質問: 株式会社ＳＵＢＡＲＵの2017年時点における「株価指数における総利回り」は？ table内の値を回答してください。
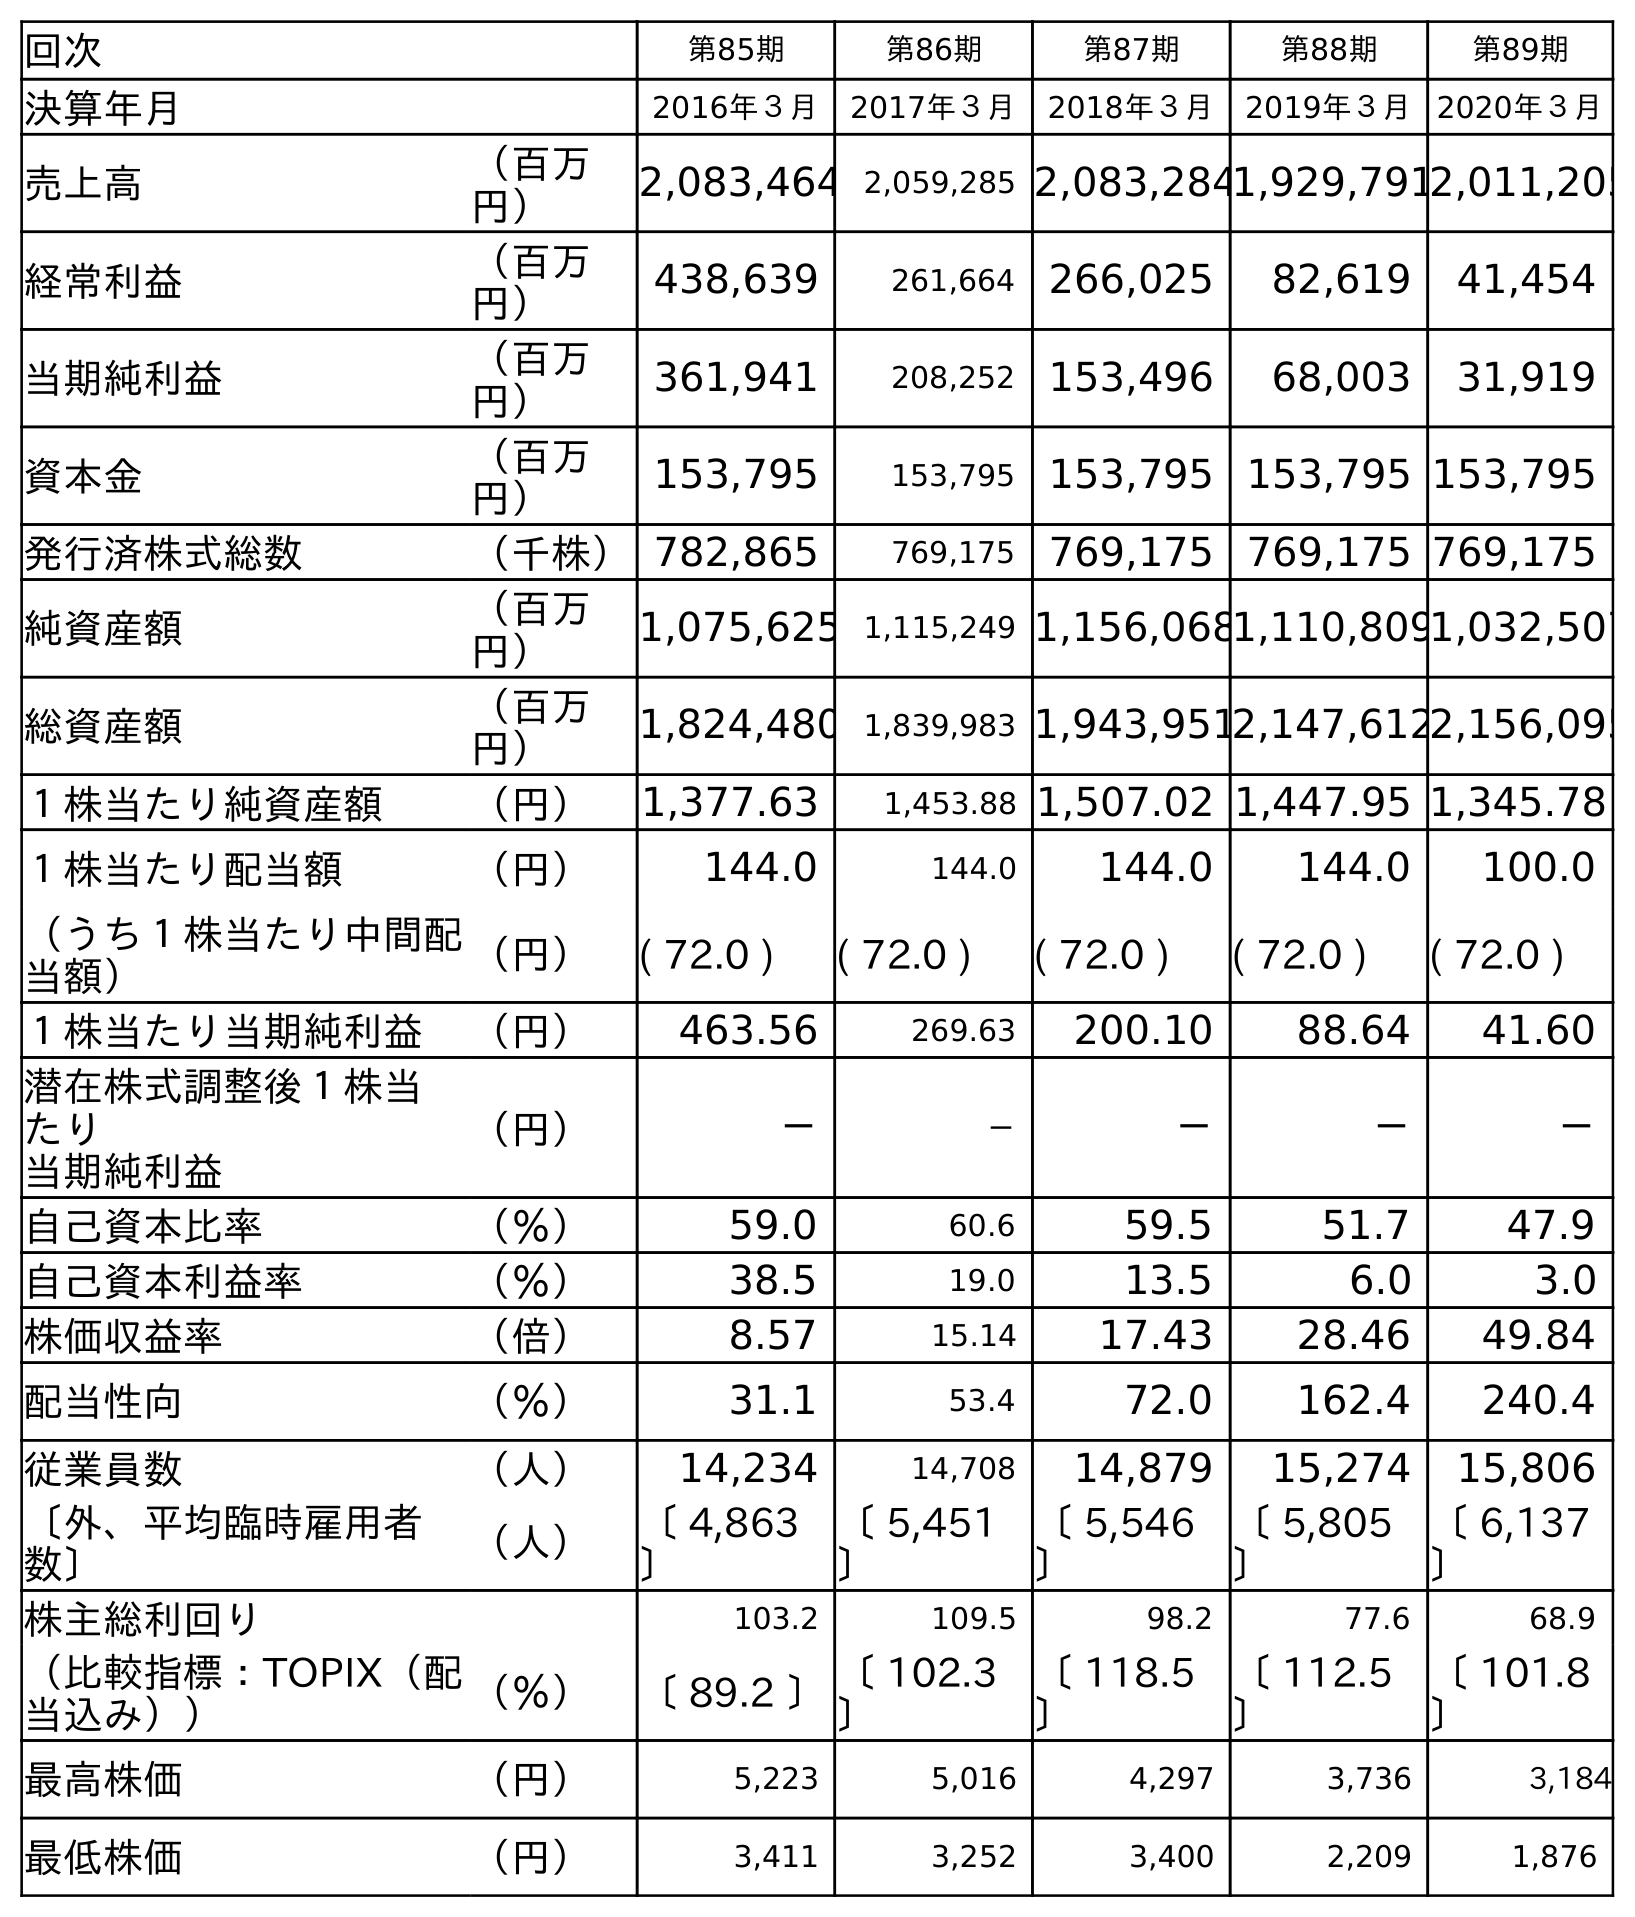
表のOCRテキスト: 回次 第85期 第86期 第87期 第88期 第89期 決算年月 2016年３月 2017年３月 2018年３月 2019年３月 2020年３月 売上高 （百万 円） 2,083,464 2,059,285 2,083,2841,929,7912,011,205 経常利益 （百万 円） 438,639 261,664 266,025 82,619 41,454 当期純利益 （百万 円） 361,941 208,252 153,496 68,003 31,919 資本金 （百万 円） 153,795 153,795 153,795 153,795 153,795 発行済株式総数 （千株）782,865 769,175 769,175 769,175 769,175 純資産額 （百万 円） 1,075,625 1,115,249 1,156,0681,110,8091,032,507 総資産額 （百万 円） 1,824,480 1,839,983 1,943,9512,147,6122,156,095 １株当たり純資産額 （円） 1,377.63 1,453.88 1,507.02 1,447.95 1,345.78 １株当たり配当額 （円） 144.0 144.0 144.0 144.0 100.0 （うち１株当たり中間配 当額） （円） ( 72.0 ) ( 72.0 ) ( 72.0 ) ( 72.0 ) ( 72.0 ) １株当たり当期純利益 （円） 463.56 269.63 200.10 88.64 41.60 潜在株式調整後１株当 たり 当期純利益 （円） － － － － － 自己資本比率 （％） 59.0 60.6 59.5 51.7 47.9 自己資本利益率 （％） 38.5 19.0 13.5 6.0 3.0 株価収益率 （倍） 8.57 15.14 17.43 28.46 49.84 配当性向 （％） 31.1 53.4 72.0 162.4 240.4 従業員数 （人） 14,234 14,708 14,879 15,274 15,806 〔外、平均臨時雇用者 数〕 （人） 〔 4,863 〕 〔 5,451 〕 〔 5,546 〕 〔 5,805 〕 〔 6,137 〕 株主総利回り 103.2 109.5 98.2 77.6 68.9 （比較指標：TOPIX（配 当込み）） （％） 〔 89.2 〕〔 102.3 〕 〔 118.5 〕 〔 112.5 〕 〔 101.8 〕 最高株価 （円） 5,223 5,016 4,297 3,736 3,184 最低株価 （円） 3,411 3,252 3,400 2,209 1,876
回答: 〔102.3〕